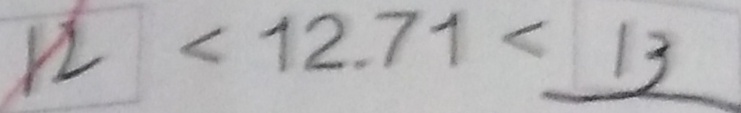
1 2 < 1 2 . 7 1 < 1 3